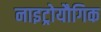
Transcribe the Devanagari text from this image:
नाइट्रोयौगिक